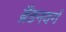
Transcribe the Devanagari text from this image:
ब्रैंडनवर्ग